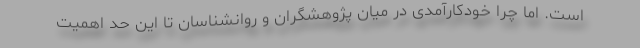
است. اما چرا خودکارآمدی در میان پژوهشگران و روانشناسان تا این حد اهمیت